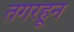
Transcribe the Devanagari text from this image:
तगरहून